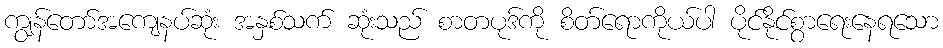
ကျွန်တော်အကျေနပ်ဆုံး အနှစ်သက် ဆုံးသည် စာတပုဒ်ကို စိတ်ရောကိုယ်ပါ ပိုင်နိုင်စွာရေးနေရသော